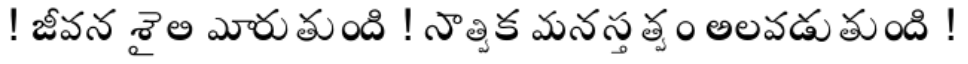
! జీవన శైలి మారుతుంది ! సాత్విక మనస్తత్వం అలవడుతుంది !